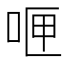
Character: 𪡄